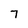
Character: 7